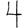
Digit: 4